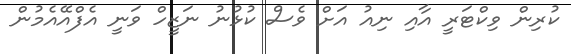
ކުރިން ވިކްޓަރީ އާއި ނިއު އަށް ވެސް ކުޅުނު ނަޒީހް ވަނީ އެފްއޭއެމުން